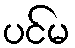
ပင်မ